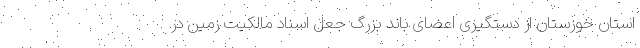
استان خوزستان از دستگیری اعضای باند بزرگ جعل اسناد مالکیت زمین در